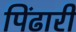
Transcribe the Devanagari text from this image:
पिंढारी